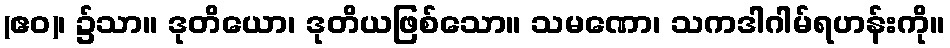
(ဧဝ)၊ ၌သာ။ ဒုတိယော၊ ဒုတိယဖြစ်သော။ သမဏော၊ သကဒါဂါမ်ရဟန်းကို။